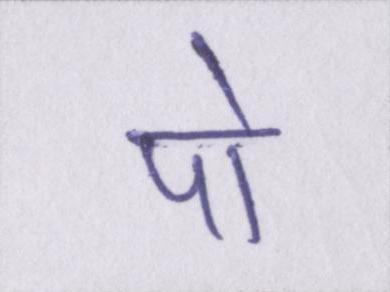
पो